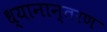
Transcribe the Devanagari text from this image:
ध्यानान्तरण